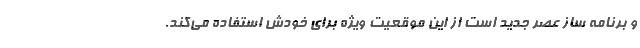
و برنامه ساز عصر جدید است از این موقعیت ویژه برای خودش استفاده می‌کند.